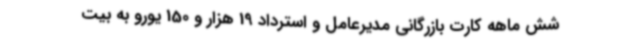
شش ماهه کارت بازرگانی مدیرعامل و استرداد 19 هزار و 150 یورو به بیت